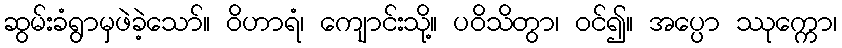
ဆွမ်းခံရွာမှဖဲခဲ့သော်။ ဝိဟာရံ၊ ကျောင်းသို့။ ပဝိသိတွာ၊ ဝင်၍။ အပ္ပော ဿုက္ကော၊